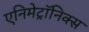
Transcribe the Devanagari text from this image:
एनिमेट्रॉनिक्स